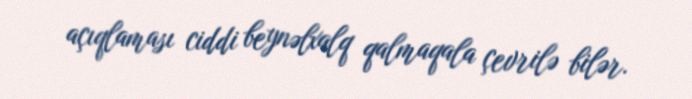
açıqlaması ciddi beynəlxalq qalmaqala çevrilə bilər.